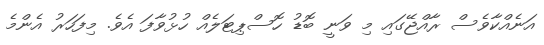
އަނެއްކާވެސް ރާއްޖޭގައި މި ވަނީ ބޮޑު ހޮސްޕިޓަލެއް ހުޅުވާފަ އެވެ. މިފަހަރު އެންމެ